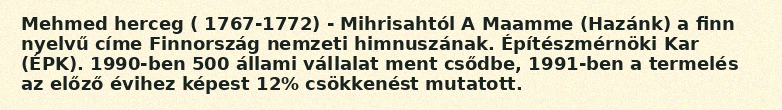
Mehmed herceg ( 1767-1772) - Mihrisahtól A Maamme (Hazánk) a finn nyelvű címe Finnország nemzeti himnuszának. Építészmérnöki Kar (ÉPK). 1990-ben 500 állami vállalat ment csődbe, 1991-ben a termelés az előző évihez képest 12% csökkenést mutatott.